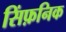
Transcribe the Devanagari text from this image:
सिंफ़निक